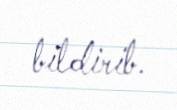
bildirib.